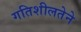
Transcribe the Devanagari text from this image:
गतिशीलतेने